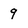
Character: 9